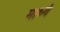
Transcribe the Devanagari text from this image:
माध्यं